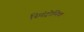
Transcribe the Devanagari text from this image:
स्पिंट्रोनिक